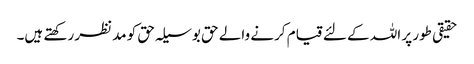
حقیقی طور پر اللہ کے لئے قیام کرنے والے حق بوسیلہ حق کو مدنظر رکھتے ہیں۔